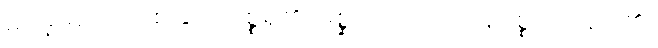
မမေ့မလျော့စေခြင်းကိစ္စရှိ၏။ မိစ္ဆာသတိပ္ပဟာနပစ္စုပဋ္ဌာနာ၊ ၏။